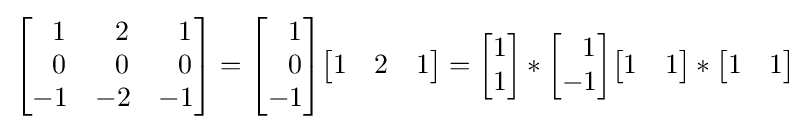
{\begin{bmatrix}\ \ 1&\ \ 2&\ \ 1\\\ \ 0&\ \ 0&\ \ 0\\-1&-2&-1\end{bmatrix}}={\begin{bmatrix}\ \ 1\\\ \ 0\\-1\end{bmatrix}}{\begin{bmatrix}1&2&1\end{bmatrix}}={\begin{bmatrix}1\\1\end{bmatrix}}*{\begin{bmatrix}\ \ 1\\-1\end{bmatrix}}{\begin{bmatrix}1&1\end{bmatrix}}*{\begin{bmatrix}1&1\end{bmatrix}}